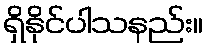
ရှိနိုင်ပါသနည်း။